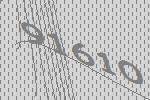
91610